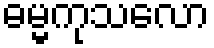
ဓမ္မကုသလော